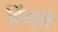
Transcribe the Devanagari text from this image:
हिंदूपूर